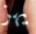
يهز